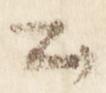
公